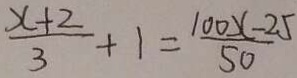
\frac { x + 2 } { 3 } + 1 = \frac { 1 0 0 x - 2 5 } { 5 0 }